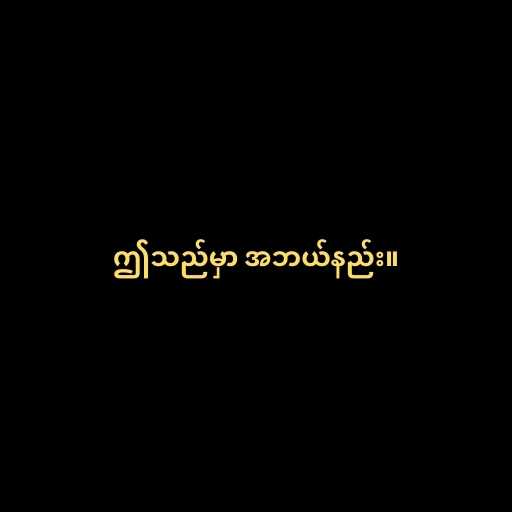
ဤသည်မှာ အဘယ်နည်း။